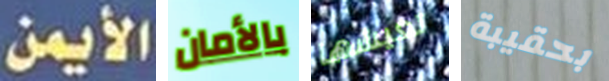
الأيمن بالأمان تعيشها بحقيبة